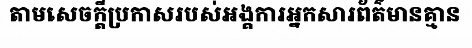
តាមសេចក្តីប្រកាសរបស់អង្គការអ្នកសារព័ត៌មានគ្មាន